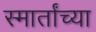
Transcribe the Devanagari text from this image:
स्मार्तांच्या